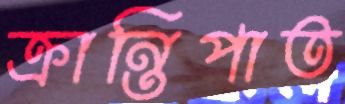
ক্রান্তিপাত